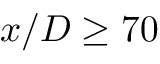
x / D \geq 7 0